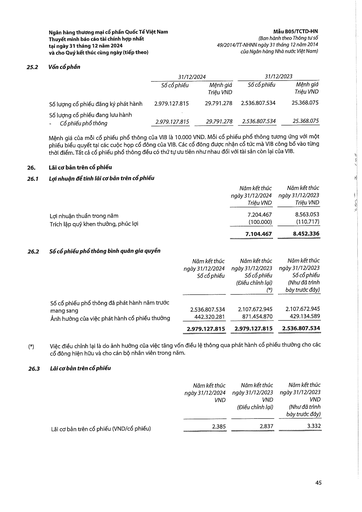
||31/12/2024||31/12/2023|| |---|---|---|---|---| ||Số cổ phiếu|Mệnh giá Triệu VND|Số cổ phiếu|Mệnh giá Triệu VND| |Số lượng cổ phiếu đăng ký phát hành|2.979.127.815|29.791.278|2.536.807.534|25.368.075| |Số lượng cổ phiếu đang lưu hành Cổ phiếu phổ thông|2.979.127.815|29.791.278|2.536.807.534|25.368.075| ||Năm kết thúc ngày 31/12/2024 Triệu VND|Năm kết thúc ngày 31/12/2023 Triệu VND| |---|---|---| |Lợi nhuận thuần trong năm|7.204.467|8.563.053| |Trích lập quỹ khen thưởng, phúc lợi|(100.000)|(110.717)| ||7.104.467|8.452.336| ||Năm kết thúc ngày 31/12/2024 Số cổ phiếu|Năm kết thúc ngày 31/12/2023 Số cổ phiếu (Điều chỉnh lại) (*)|Năm kết thúc ngày 31/12/2023 Số cổ phiếu (Như đã trình bày trước đây)| |---|---|---|---| |Số cổ phiếu phổ thông đã phát hành năm trước mang sang|2.536.807.534|2.107.672.945|2.107.672.945| |Ảnh hưởng của việc phát hành cổ phiếu thưởng|442.320.281|871.454.870|429.134.589| ||2.979.127.815|2.979.127.815|2.536.807.534| ||Năm kết thúc ngày 31/12/2024 VND|Năm kết thúc ngày 31/12/2023 VND (Điều chỉnh lại)|Năm kết thúc ngày 31/12/2023 VND (Như đã trình bày trước đây)| |---|---|---|---| |Lãi cơ bản trên cổ phiếu (VND/cổ phiếu)|2.385|2.837|3.332|